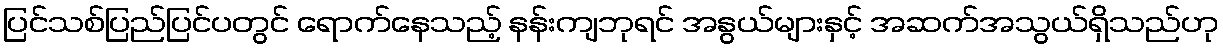
ပြင်သစ်ပြည်ပြင်ပတွင် ရောက်နေသည့် နန်းကျဘုရင် အနွယ်များနှင့် အဆက်အသွယ်ရှိသည်ဟု